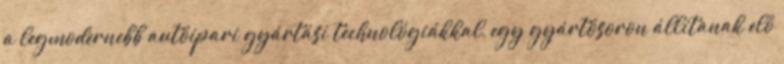
a legmodernebb autóipari gyártási technológiákkal, egy gyártósoron állítanak elő